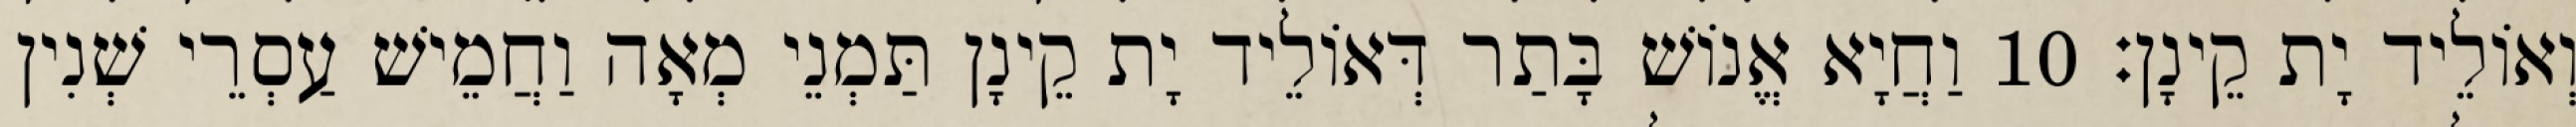
וְאוֹלֵיד יָת קֵינָן׃ 10 וַחֲיָא אֱנוֹשׁ בָּתַר דְּאוֹלֵיד יָת קֵינָן תַּמְנֵי מְאָה וַחֲמֵישׁ עַסְרֵי שְׁנִין